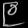
Digit: ၉